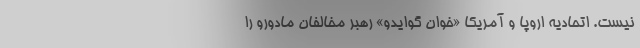
نیست. اتحادیه اروپا و آمریکا «خوان گوایدو» رهبر مخالفان مادورو را